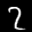
Label: 2